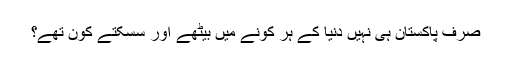
صرف پاکستان ہی نہیں دنیا کے ہر کونے میں بیٹھے اور سسکتے کون تھے؟